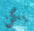
يكن